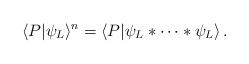
LaTeX: \begin{align*}\langle P|\psi_L\rangle^n=\langle P|\psi_L*\cdots *\psi_L\rangle\,.\end{align*}